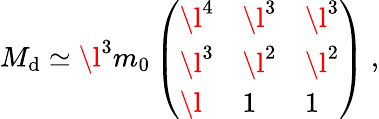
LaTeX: M_{\mathrm{d}}\simeq\l^{3}m_{0}\left(\begin{array}{lll}{{\l^{4}}}&{{\l^{3}}}&{{\l^{3}}}\\ {{\l^{3}}}&{{\l^{2}}}&{{\l^{2}}}\\ {{\l}}&{{1}}&{{1}}\end{array}\right)\ ,